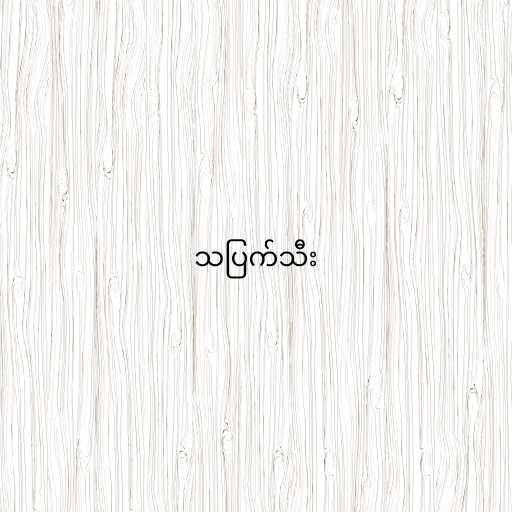
သပြက်သီး